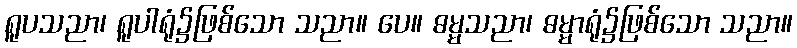
ရူပသညာ၊ ရူပါရုံ၌ဖြစ်သော သညာ။ ပေ။ ဓမ္မသညာ၊ ဓမ္မာရုံ၌ဖြစ်သော သညာ။